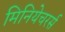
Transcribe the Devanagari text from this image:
मिनियेचरर्स